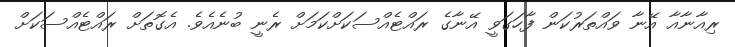
ރިއާނާއާ އޭނާ ވައްތަރުކަން ފާހަގަވީ އޭނާގެ ރައްޓެއްސަކަށްކަމަށް ރެެނީ ބުނެއެވެ. އެގޮތަށް ރައްޓެއްސަކަށް